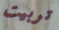
تربيت